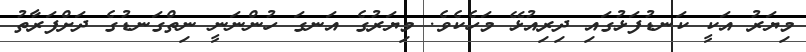
މިޔަރު އަކީ ކަނޑުފަޅުގައި ދިރިއުޅޭ މަހެކެވެ. މިޔަރުގެ އަނގަ ހުންނަނީ ނިތްގަނޑުގެ ދަށްފަރާތު